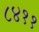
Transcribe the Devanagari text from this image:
८४११